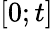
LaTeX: [0;t]